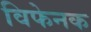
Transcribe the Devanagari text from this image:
विफेनक